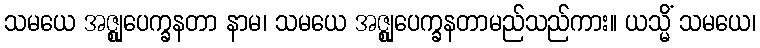
သမယေ အဇ္ဈုပေက္ခနတာ နာမ၊ သမယေ အဇ္ဈုပေက္ခနတာမည်သည်ကား။ ယသ္မိံ သမယေ၊